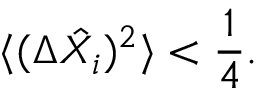
\langle ( \Delta \hat { X _ { i } } ) ^ { 2 } \rangle < \frac { 1 } { 4 } .